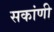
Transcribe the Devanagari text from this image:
सकांणी